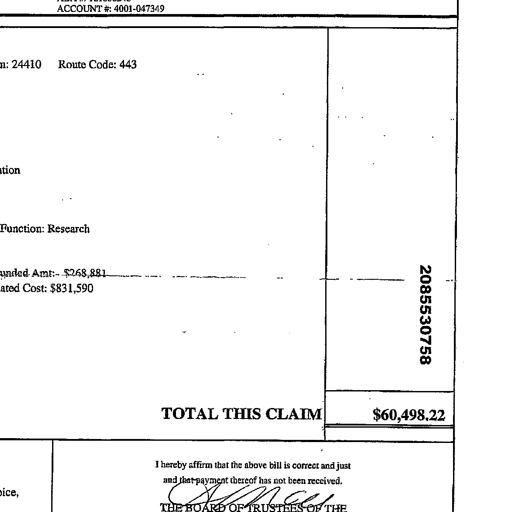
ACCOUNT #: 4001-047349
24410 Route Code: 443
tion
Function: Research
Amt: $268,881
Cost: $831,590
2085530758
TOTAL THIS CLAIM $60,498.22
I hereby affirm that the above bill is correct and just
and that payment thereof has not been received.
THE BOARD OF TRUSTEES OF THE S. M. C. L.